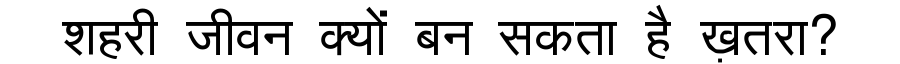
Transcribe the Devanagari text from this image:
शहरी जीवन क्यों बन सकता है ख़तरा?